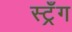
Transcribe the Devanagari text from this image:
स्ट्रँग